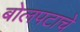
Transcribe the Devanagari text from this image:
बोलपटाचे